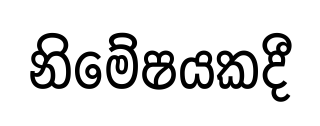
නිමේෂයකදී